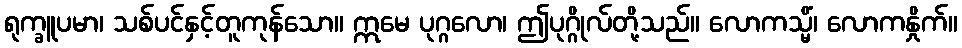
ရုက္ခူပမာ၊ သစ်ပင်နှင့်တူကုန်သော။ ဣမေ ပုဂ္ဂလော၊ ဤပုဂ္ဂိုလ်တို့သည်။ လောကသ္မိံ၊ လောကနှိုက်။